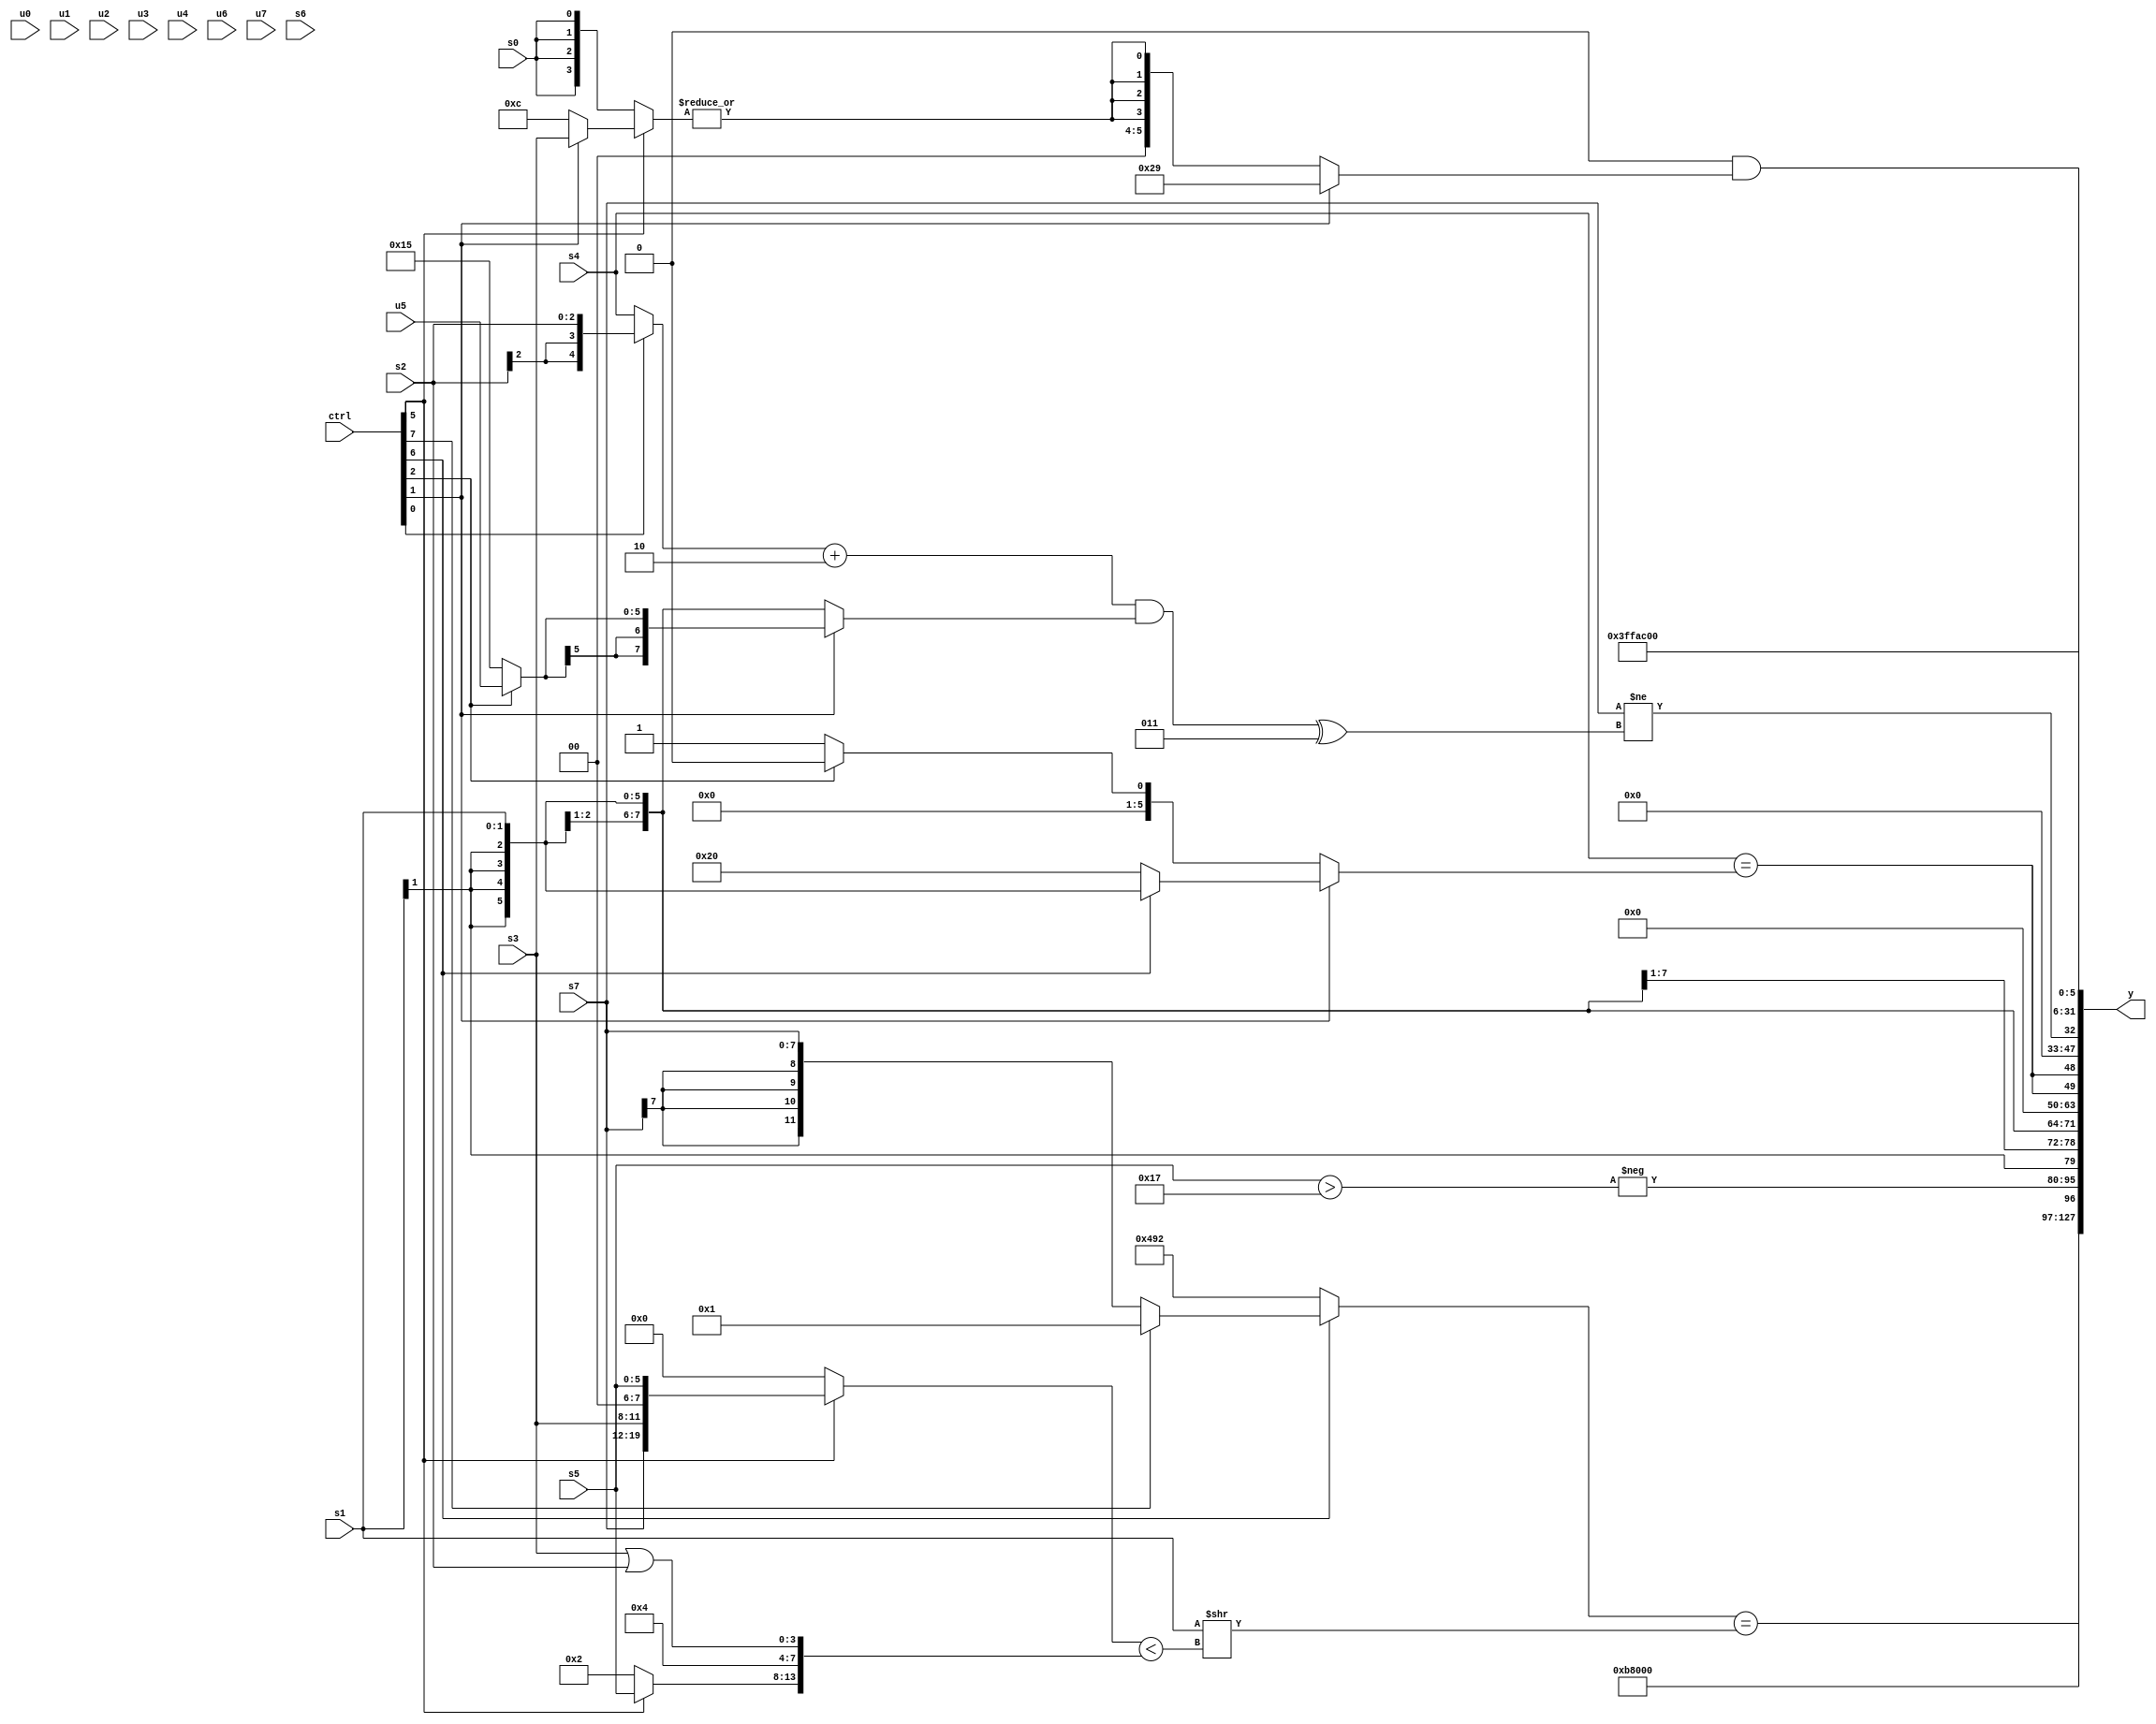
module wideexpr_00072(ctrl, u0, u1, u2, u3, u4, u5, u6, u7, s0, s1, s2, s3, s4, s5, s6, s7, y);
  input [7:0] ctrl;
  input [0:0] u0;
  input [1:0] u1;
  input [2:0] u2;
  input [3:0] u3;
  input [4:0] u4;
  input [5:0] u5;
  input [6:0] u6;
  input [7:0] u7;
  input signed [0:0] s0;
  input signed [1:0] s1;
  input signed [2:0] s2;
  input signed [3:0] s3;
  input signed [4:0] s4;
  input signed [5:0] s5;
  input signed [6:0] s6;
  input signed [7:0] s7;
  output [127:0] y;
  wire [15:0] y0;
  wire [15:0] y1;
  wire [15:0] y2;
  wire [15:0] y3;
  wire [15:0] y4;
  wire [15:0] y5;
  wire [15:0] y6;
  wire [15:0] y7;
  assign y = {y0,y1,y2,y3,y4,y5,y6,y7};
  assign y0 = (6'sb011010)+(3'sb101);
  assign y1 = (({({(s0)-(u3),(ctrl[3]?4'sb1011:s0),u6})|($unsigned({4{6'sb000101}})),(3'sb101)|(+((3'sb000)>>(6'sb011101))),-(((4'sb0001)+(3'sb000))<<($signed(1'sb0)))})!=(u1))&(((ctrl[6]?(ctrl[7]?+(3'sb001):s7):$signed({2{{2{3'sb010}}}})))==((s1)>>(((ctrl[5]?{s7,s3,2'sb00,s5}:2'b00))<({(ctrl[5]?s5:3'sb010),1'sb0,3'sb100,(s3)|(s2)}))));
  assign y2 = -((s5)>(+(5'sb10111)));
  assign y3 = s1;
  assign y4 = {2{$unsigned(($signed(s4))==((ctrl[1]?(ctrl[6]?s1:6'sb100000):(ctrl[2]?2'sb00:3'sb001))))}};
  assign y5 = (s7)!=((($signed(((ctrl[0]?s2:s4))+(5'sb11110)))&((ctrl[1]?$signed((ctrl[2]?u5:6'b010101)):s1)))^(3'sb011));
  assign y6 = $signed(6'sb101011);
  assign y7 = {1{(-($signed(1'sb0)))&((ctrl[1]?6'sb101001:{4{|((ctrl[5]?(ctrl[1]?s3:3'sb100):s0))}}))}};
endmodule